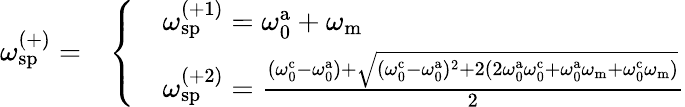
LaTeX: \omega_{\mathrm{sp}}^{(+)}=\begin{array}{rl}&{\left\{ \begin{array}{ll}&{\omega_{\mathrm{sp}}^{(+1)}=\omega_{\mathrm{0}}^{\mathrm{a}}+\omega_{\mathrm{m}}}\\ &{\omega_{\mathrm{sp}}^{(+2)}=\frac{(\omega_{\mathrm{0}}^{\mathrm{c}}-\omega_{\mathrm{0}}^{\mathrm{a}})+\sqrt{(\omega_{\mathrm{0}}^{\mathrm{c}}-\omega_{\mathrm{0}}^{\mathrm{a}})^{2}+2(2\omega_{\mathrm{0}}^{\mathrm{a}}\omega_{\mathrm{0}}^{\mathrm{c}}+\omega_{\mathrm{0}}^{\mathrm{a}}\omega_{\mathrm{m}}+\omega_{\mathrm{0}}^{\mathrm{c}}\omega_{\mathrm{m}})}}{2}}\end{array}\right.}\end{array}